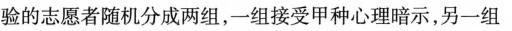
验的志愿者随机分成两组，一组接受甲种心理暗示，另一组